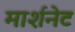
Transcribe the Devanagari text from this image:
मार्शनेट